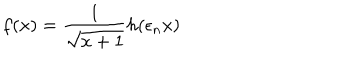
f ( x ) = \frac { 1 } { \sqrt { x + 1 } } h ( \epsilon _ { n } x )